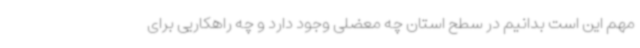
مهم این است بدانیم در سطح استان چه معضلی وجود دارد و چه راهکاریی برای